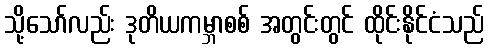
သို့သော်လည်း ဒုတိယကမ္ဘာစစ် အတွင်းတွင် ထိုင်းနိုင်ငံသည်